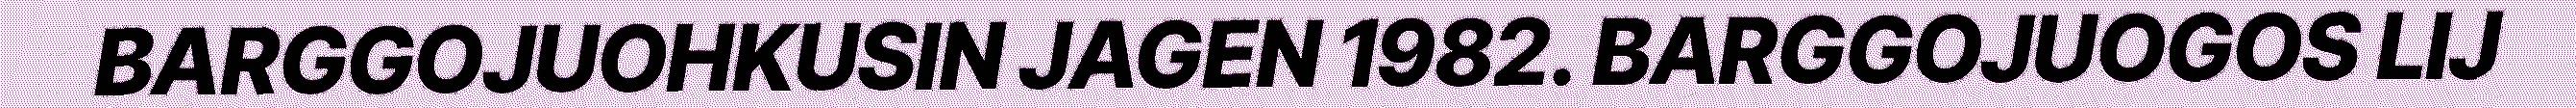
BARGGOJUOHKUSIN JAGEN 1982. BARGGOJUOGOS LIJ